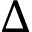
\Delta